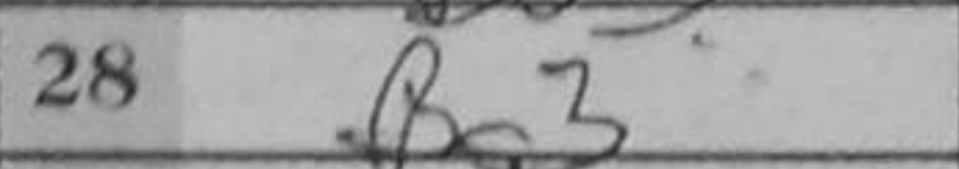
Transcription: Bg3